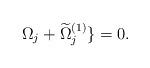
LaTeX: \begin{align*} \Omega_{j}+ \widetilde{\Omega}^{(1)}_{j} \} = 0.\end{align*}